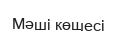
Мәші көшесі